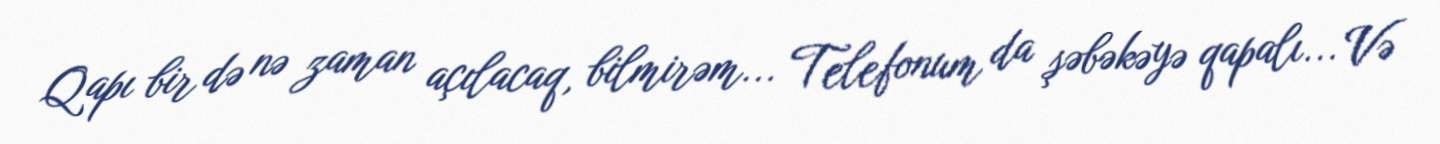
Qapı bir də nə zaman açılacaq, bilmirəm... Telefonum da şəbəkəyə qapalı... Və